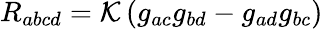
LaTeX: R_{abcd}={\cal K}\left(g_{ac}g_{bd}-g_{ad}g_{bc}\right)